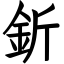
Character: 釿